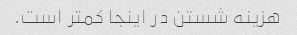
هزینه شستن در اینجا کمتر است.